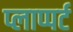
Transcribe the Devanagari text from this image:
प्लाप्पर्ट